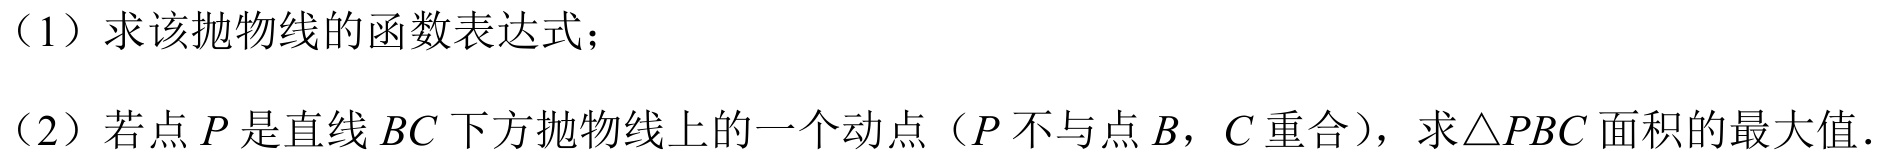
（1）求该抛物线的函数表达式；
（2）若点\(P\)是直线\(BC\)下方抛物线上的一个动点（\(P\)不与点\(B\)，\(C\)重合），求\(\triangle PBC\)面积的最大值．